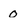
Character: 0